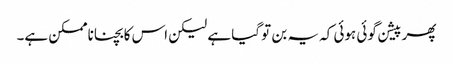
پھر پیشن گوئی ہوئی کہ یہ بن تو گیا ہے لیکن اس کا بچنا ناممکن ہے۔